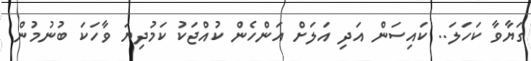
ގަޔާވާ ކަހަލަ.. ކައިސަން އަދި އަލަށް އަންހެން ކުއްޖަކު ކަމުދިޔަ ވާހަކަ ބުނުމުން